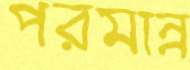
পরমান্ন